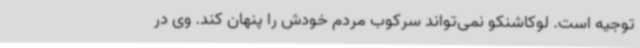
توجیه است. لوکاشنکو نمی‌تواند سرکوب مردم خودش را پنهان کند. وی در